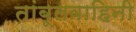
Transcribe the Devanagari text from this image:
तांबूलवाहिनी